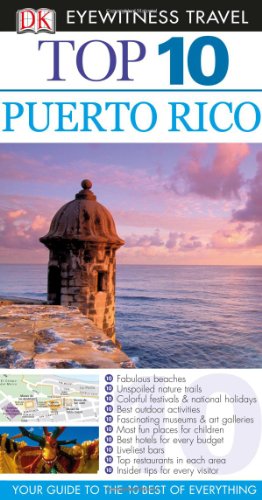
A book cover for Top 10 Puerto Rico (EYEWITNESS TOP 10 TRAVEL GUIDE); Christopher Baker; Travel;